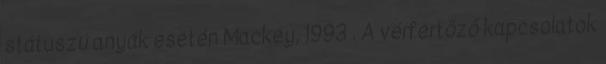
státuszú anyák esetén Mackey, 1993 . A vérfertőző kapcsolatok